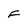
Character: F